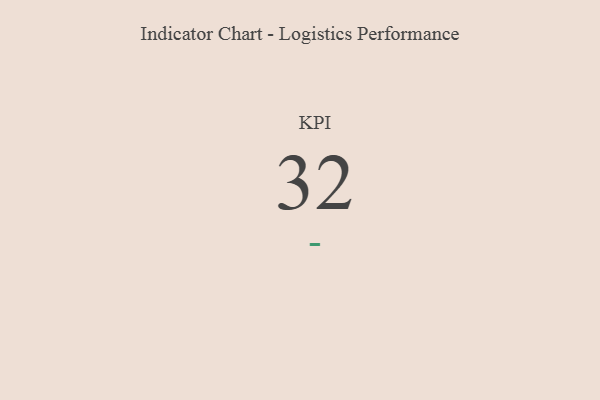
{"axis": {"x": "KPI", "y": "Value"}, "legend": [""], "data": [{"x": "KPI", "y": 32, "type": ""}]}